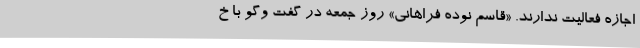
اجازه فعالیت ندارند. «قاسم نوده فراهانی» روز جمعه در گفت وگو با خ